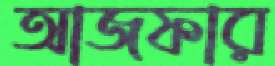
আজফার